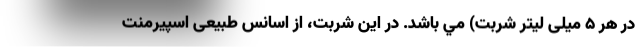
در هر 5 میلی لیتر شربت) مي باشد. در این شربت، از اسانس طبیعی اسپیرمنت